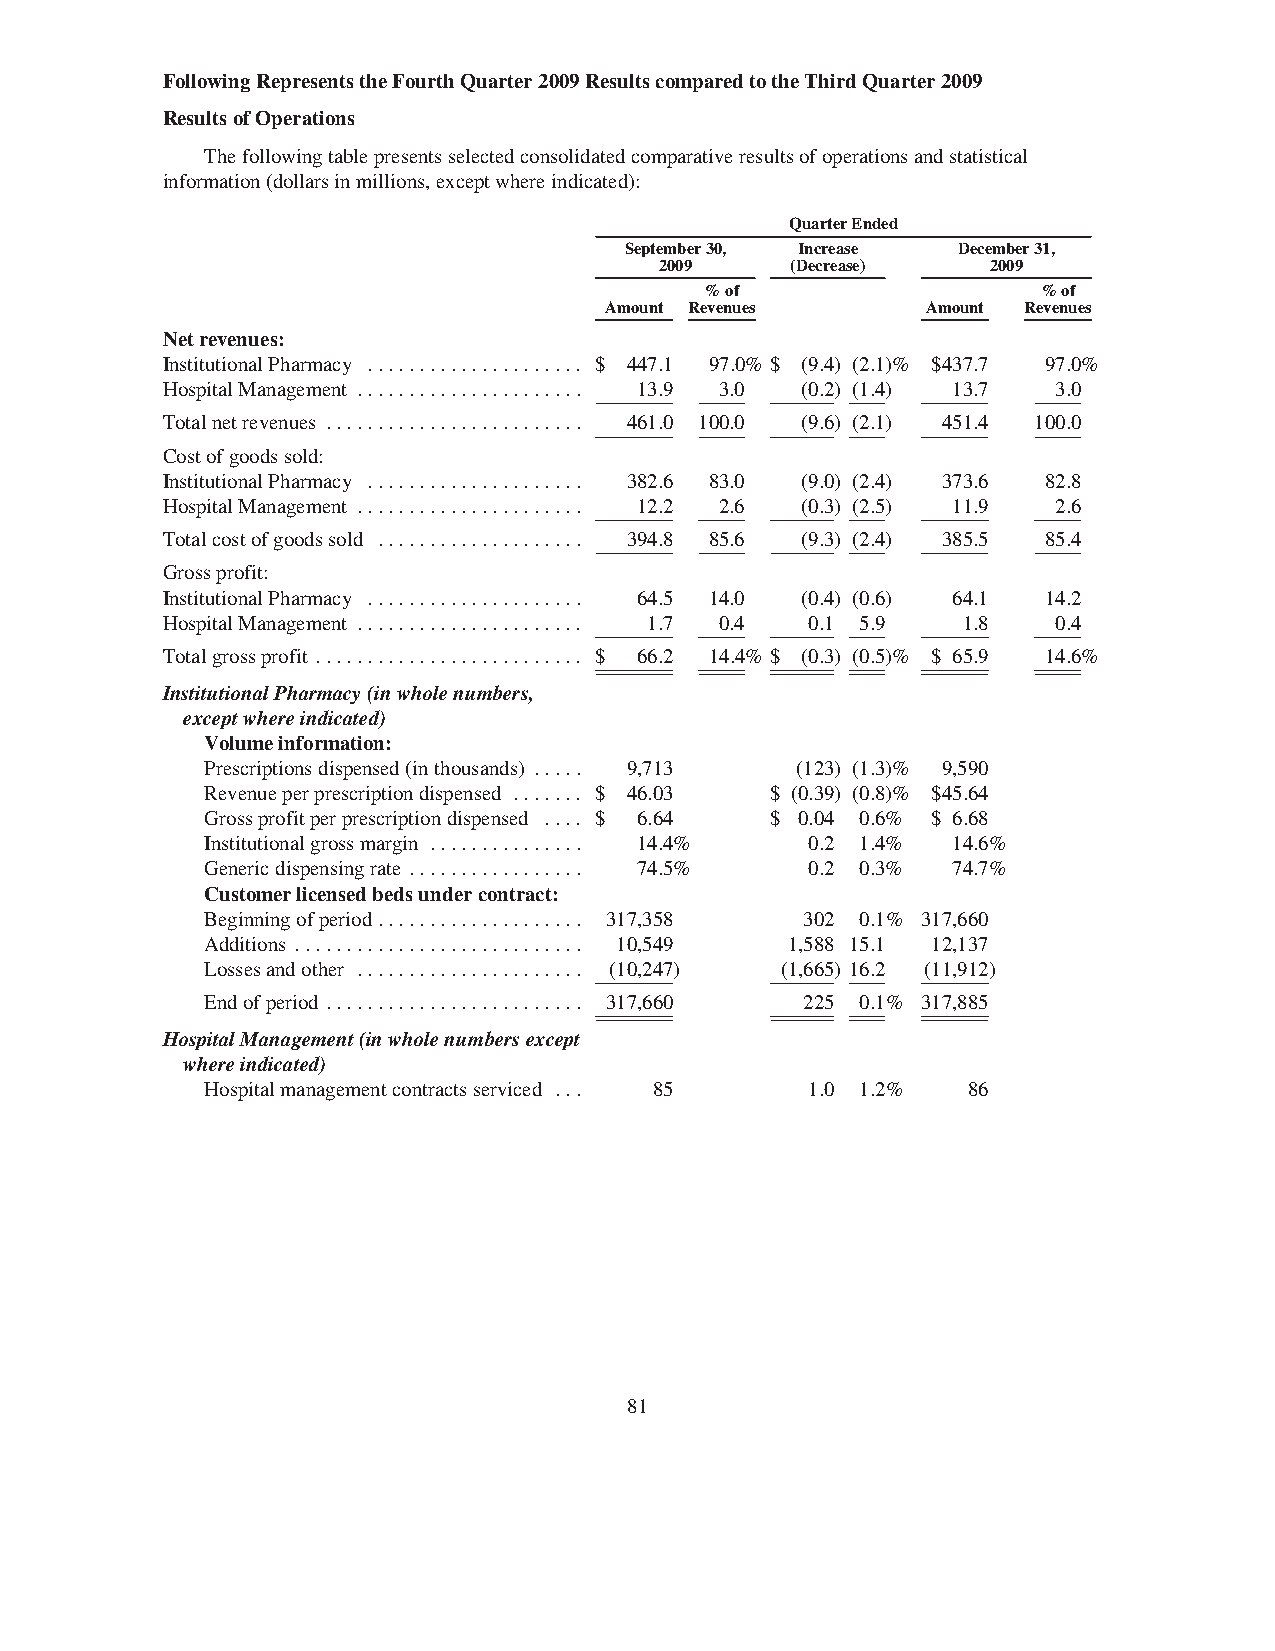
FollowingRepresentstheFourthQuarter2009ResultscomparedtotheThirdQuarter2009
 ResultsofOperations
 Thefollowingtablepresentsselectedconsolidatedcomparativeresultsofoperationsandstatistical
 information(dollarsinmillions,exceptwhereindicated):
 QuarterEnded
 September30, Increase December31,
 2009    (Decrease)    2009
 %of                   %of
 Amount Revenues      Amount Revenues
 Netrevenues:
 InstitutionalPharmacy ..................... $ 447.1 97.0% $ (9.4) (2.1)% $437.7 97.0%
 HospitalManagement ...................... 13.9 3.0 (0.2) (1.4) 13.7 3.0
 Totalnetrevenues ......................... 461.0 100.0 (9.6) (2.1) 451.4 100.0
 Costofgoodssold:
 InstitutionalPharmacy ..................... 382.6 83.0 (9.0) (2.4) 373.6 82.8
 HospitalManagement ...................... 12.2 2.6 (0.3) (2.5) 11.9 2.6
 Totalcostofgoodssold .................... 394.8 85.6 (9.3) (2.4) 385.5 85.4
 Grossprofit:
 InstitutionalPharmacy ..................... 64.5 14.0 (0.4) (0.6) 64.1 14.2
 HospitalManagement ...................... 1.7 0.4 0.1 5.9 1.8 0.4
 Totalgrossprofit .......................... $ 66.2 14.4% $ (0.3) (0.5)% $ 65.9 14.6%
 InstitutionalPharmacy(inwholenumbers,
 exceptwhereindicated)
 Volumeinformation:
 Prescriptionsdispensed(inthousands) ..... 9,713 (123) (1.3)% 9,590
 Revenueperprescriptiondispensed ....... $ 46.03 $ (0.39) (0.8)% $45.64
 Grossprofitperprescriptiondispensed .... $ 6.64 $ 0.04 0.6% $ 6.68
 Institutionalgrossmargin ............... 14.4% 0.2 1.4% 14.6%
 Genericdispensingrate ................. 74.5% 0.2 0.3% 74.7%
 Customerlicensedbedsundercontract:
 Beginningofperiod.................... 317,358 302 0.1% 317,660
 Additions ............................ 10,549 1,588 15.1 12,137
 Lossesandother ...................... (10,247) (1,665) 16.2 (11,912)
 Endofperiod ......................... 317,660 225 0.1% 317,885
 HospitalManagement(inwholenumbersexcept
 whereindicated)
 Hospitalmanagementcontractsserviced ... 85 1.0 1.2% 86
 81